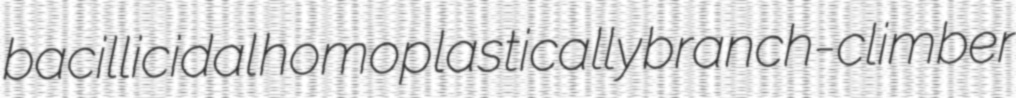
bacillicidal homoplastically branch-climber